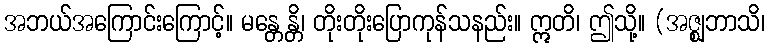
အဘယ်အကြောင်းကြောင့်။ မန္တေန္တိ၊ တိုးတိုးပြောကုန်သနည်း။ ဣတိ၊ ဤသို့။ (အဇ္ဈဘာသိ၊